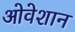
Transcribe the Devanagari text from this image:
ओवेशान